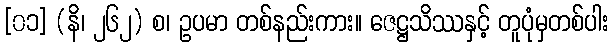
[၀၁] (နိ၊ ၂၆၂) စ၊ ဥပမာ တစ်နည်းကား။ ဇေဋ္ဌသိဿနှင့် တူပုံမှတစ်ပါး